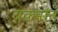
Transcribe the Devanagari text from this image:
बक्सान